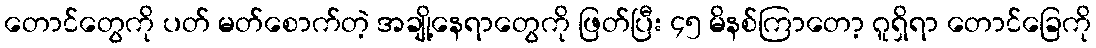
တောင်တွေကို ပတ် မတ်စောက်တဲ့ အချို့နေရာတွေကို ဖြတ်ပြီး ၄၅ မိနစ်ကြာတော့ ဂူရှိရာ တောင်ခြေကို